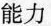
能力